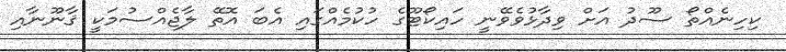
ކިހިނެއްތޯ ސޫދު އަށް ވިދާޅުވެވޭނީ ހައިކޯޓޫގެ ހުކުމެއްގަައި އެބަ އޮތޭ ލާޖެއްސުމަކީ ޤާނޫނާއި